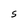
Character: S